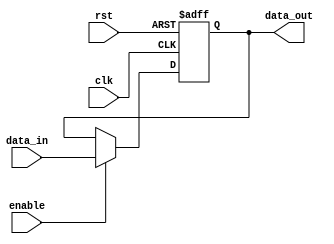
//////////////////////////////////////////////////////////////////////////////////
// Modified Date: 	
// Description: 
//
//	
// Revision: 		1.0
// Additional Comments: 
//
//////////////////////////////////////////////////////////////////////////////////

module MIPS_input (
	//INPUTs
	input clk,
	input enable,				//Write Enable
	input rst,
	input [7:0] data_in,		//Data to be in flops
	
	//OUTPUTs
	output [7:0] data_out 	//Data stable data out
);

	reg [7:0] data;

	always @(posedge clk or negedge rst) begin
		if (~rst) begin
			data <= 8'h0;
		end else begin
			if(enable) begin
				data <= data_in;
			end
		end
	end
	
	assign data_out = data;


endmodule